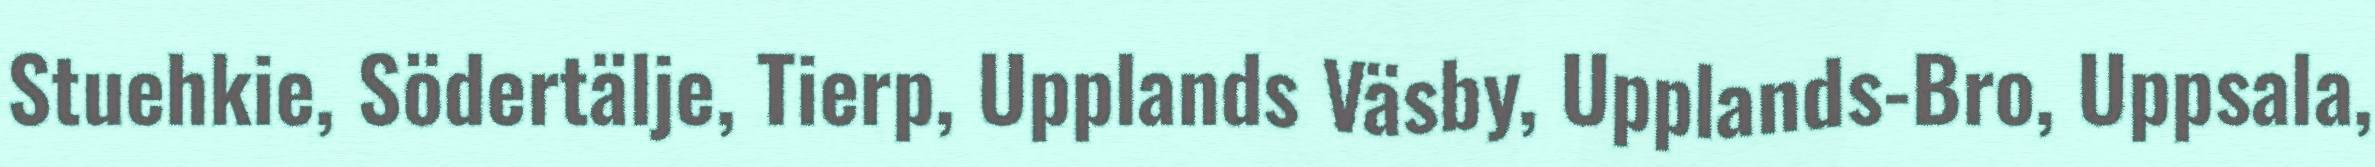
Stuehkie, Södertälje, Tierp, Upplands Väsby, Upplands-Bro, Uppsala,